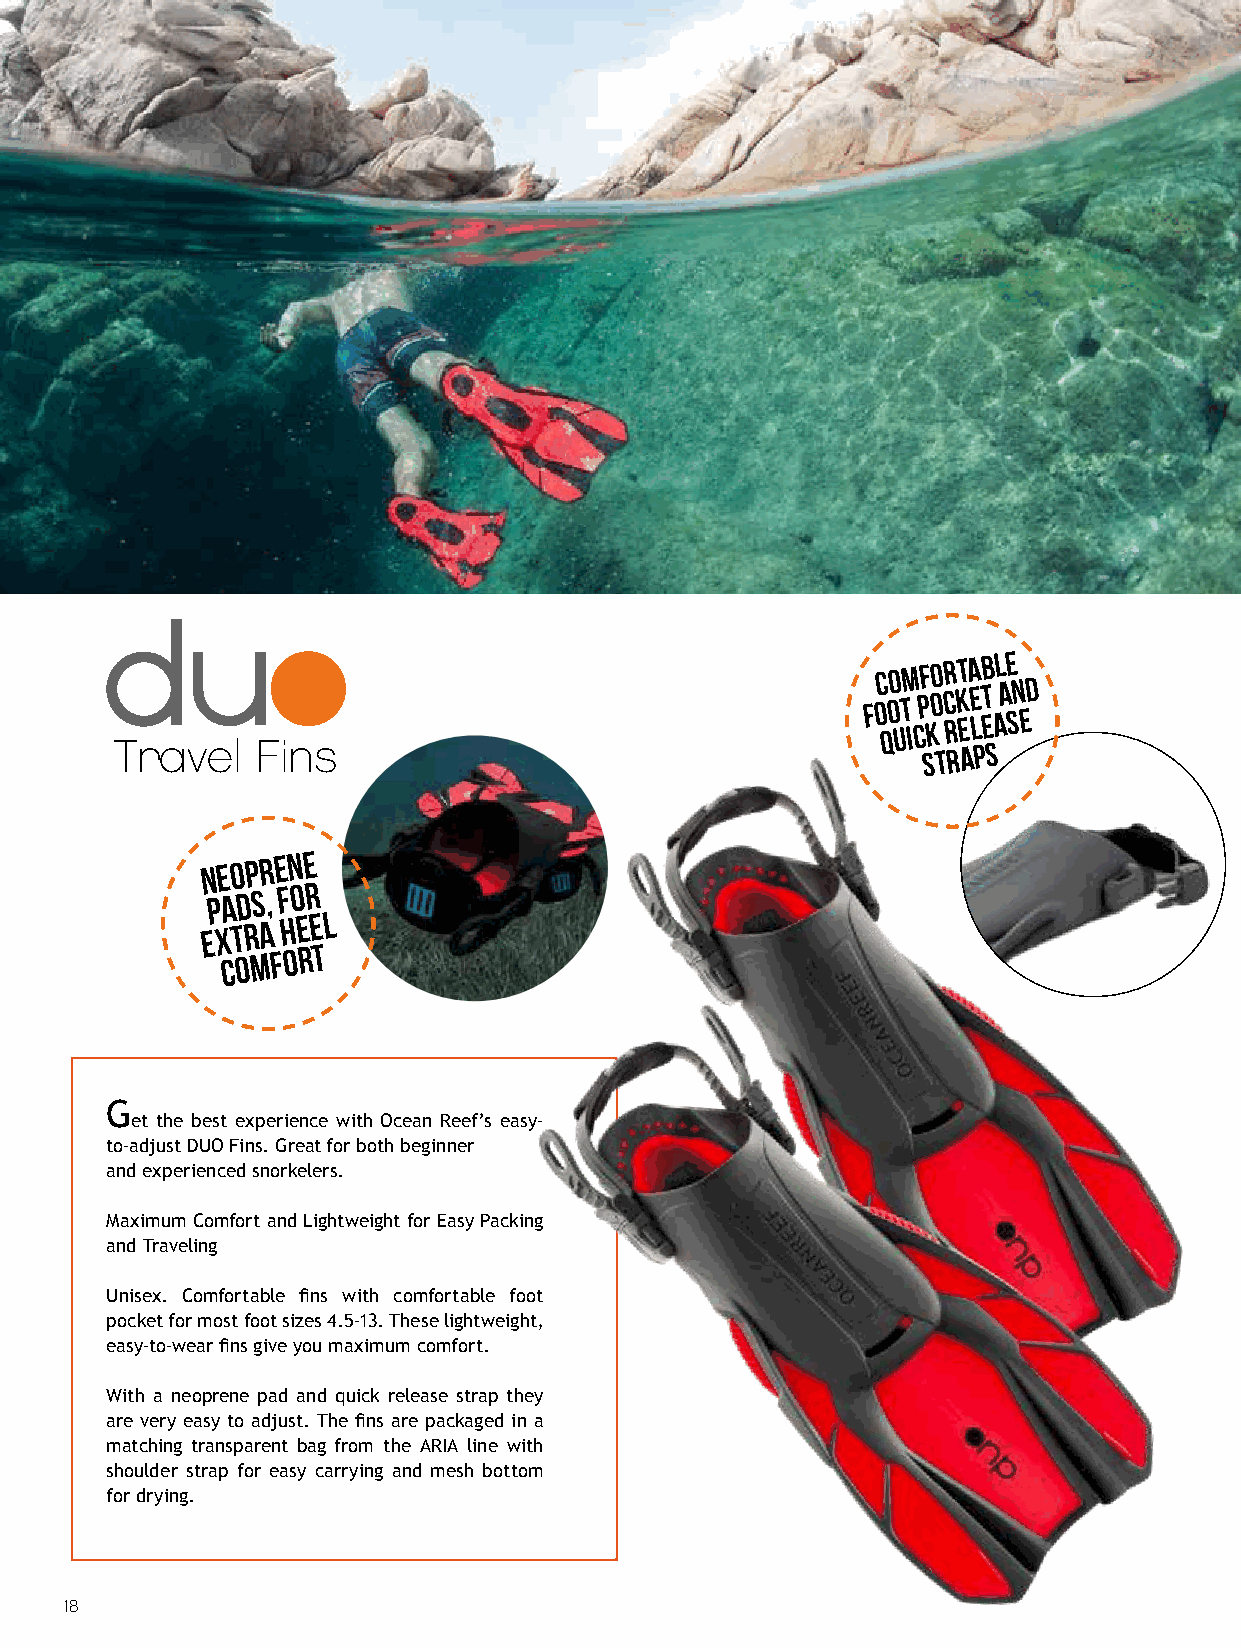
foC qoo utm
 i
 cpf koo cr rkt ea e lb et al ae sn ed
 Travel   Fins                                        straps
 Neoprene
 pads,
 for
 extra
 heel
 comfort
 G
 et the best experience with Ocean Reef’s easy-
 to-adjust DUO Fins. Great for both beginner
 and experienced snorkelers.
 Maximum Comfort and Lightweight for Easy Packing
 and Traveling
 Unisex. Comfortable fins with comfortable foot
 pocket for most foot sizes 4.5-13. These lightweight,
 easy-to-wear fins give you maximum comfort.
 With a neoprene pad and quick release strap they
 are very easy to adjust. The fins are packaged in a
 matching transparent bag from the ARIA line with
 shoulder strap for easy carrying and mesh bottom
 for drying.
 18